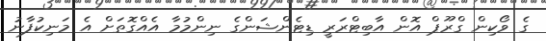
ގެ ވޯކިން ގްރޫޕް އޮން އާބިޓްރަރީ ޑިޓެންޝަންގެ ނިންމުމާ އެއްގޮތަށް އެ މަނިކުފާނު